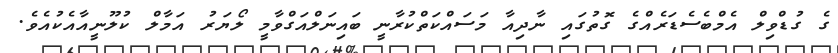
ގެ ގުޑްވިލް އެމްބެސެޑަރެއްގެ ގޮތުގައި ނާދިއާ މަސައްކަތްކުރާނީ ބައިނަލްއަގްވާމީ ލޯޔަރު އަމާލް ކުލޫނީއާއެކުއެވެ.